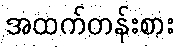
အထက်တန်းစား